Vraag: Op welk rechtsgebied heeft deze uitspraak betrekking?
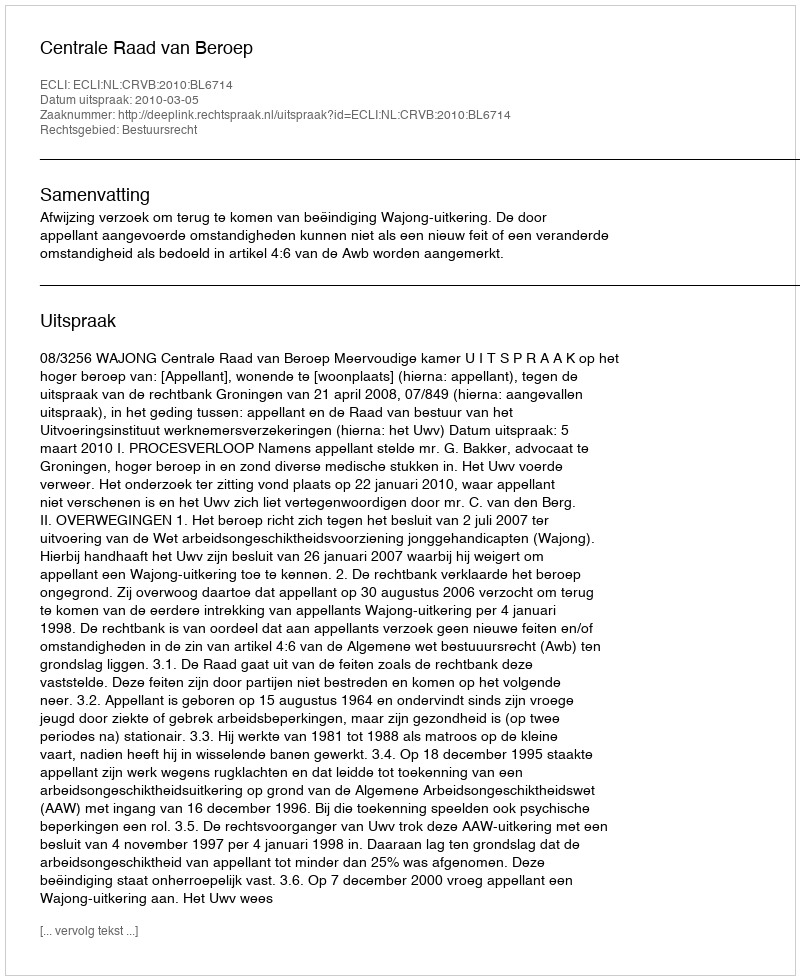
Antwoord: Bestuursrecht